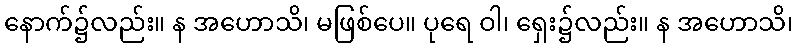
နောက်၌လည်း။ န အဟောသိ၊ မဖြစ်ပေ။ ပုရေ ဝါ၊ ရှေး၌လည်း။ န အဟောသိ၊